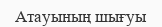
Атауының шығуы